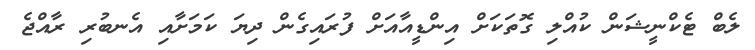
ލެބް ޓެކްނީޝަން ކުއްލި ގޮތަކަށް އިންޑީއާއަށް ފުރައިގެން ދިޔަ ކަމަށާއި އެނބުރި ރާއްޖެ